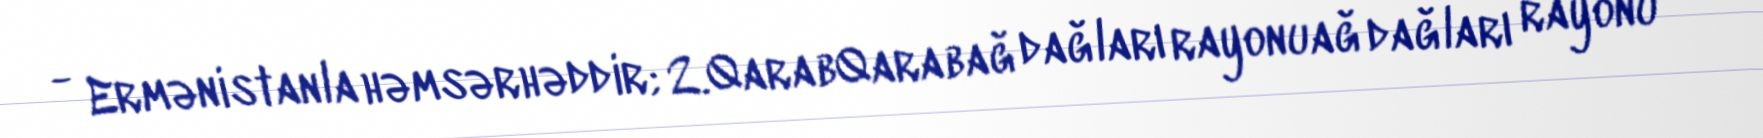
- Ermənistanla həmsərhəddir; 2.QarabQarabağ dağları rayonuağ dağları rayonu -